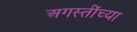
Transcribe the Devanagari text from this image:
अगस्तींच्या